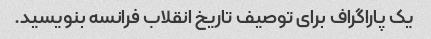
یک پاراگراف برای توصیف تاریخ انقلاب فرانسه بنویسید.